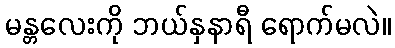
မန္တလေးကို ဘယ်နှနာရီ ရောက်မလဲ။